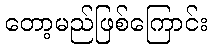
တော့မည်ဖြစ်ကြောင်း